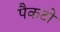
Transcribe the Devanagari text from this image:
पैकटो